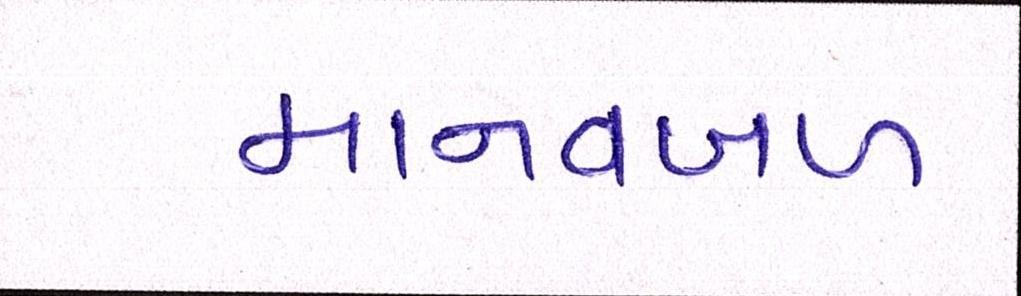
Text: માનવબળ